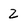
Character: 2